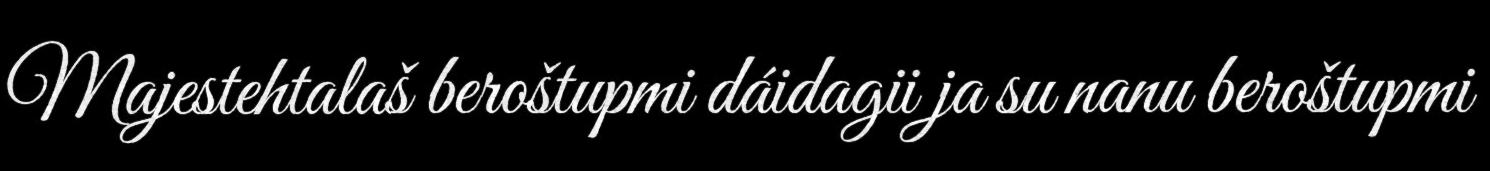
Majestehtalaš beroštupmi dáidagii ja su nanu beroštupmi